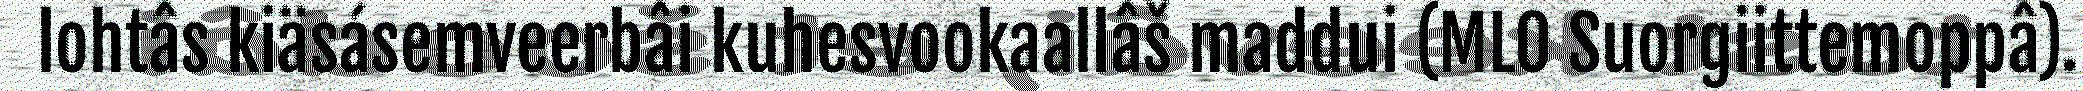
lohtâs kiäsásemveerbâi kuhesvookaallâš maddui (MLO Suorgiittemoppâ).